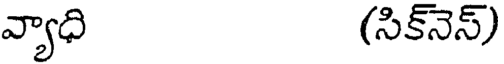
వ్యాధి (సిక్నెస్)